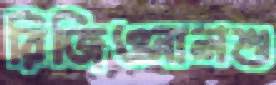
রিজিওনালশু